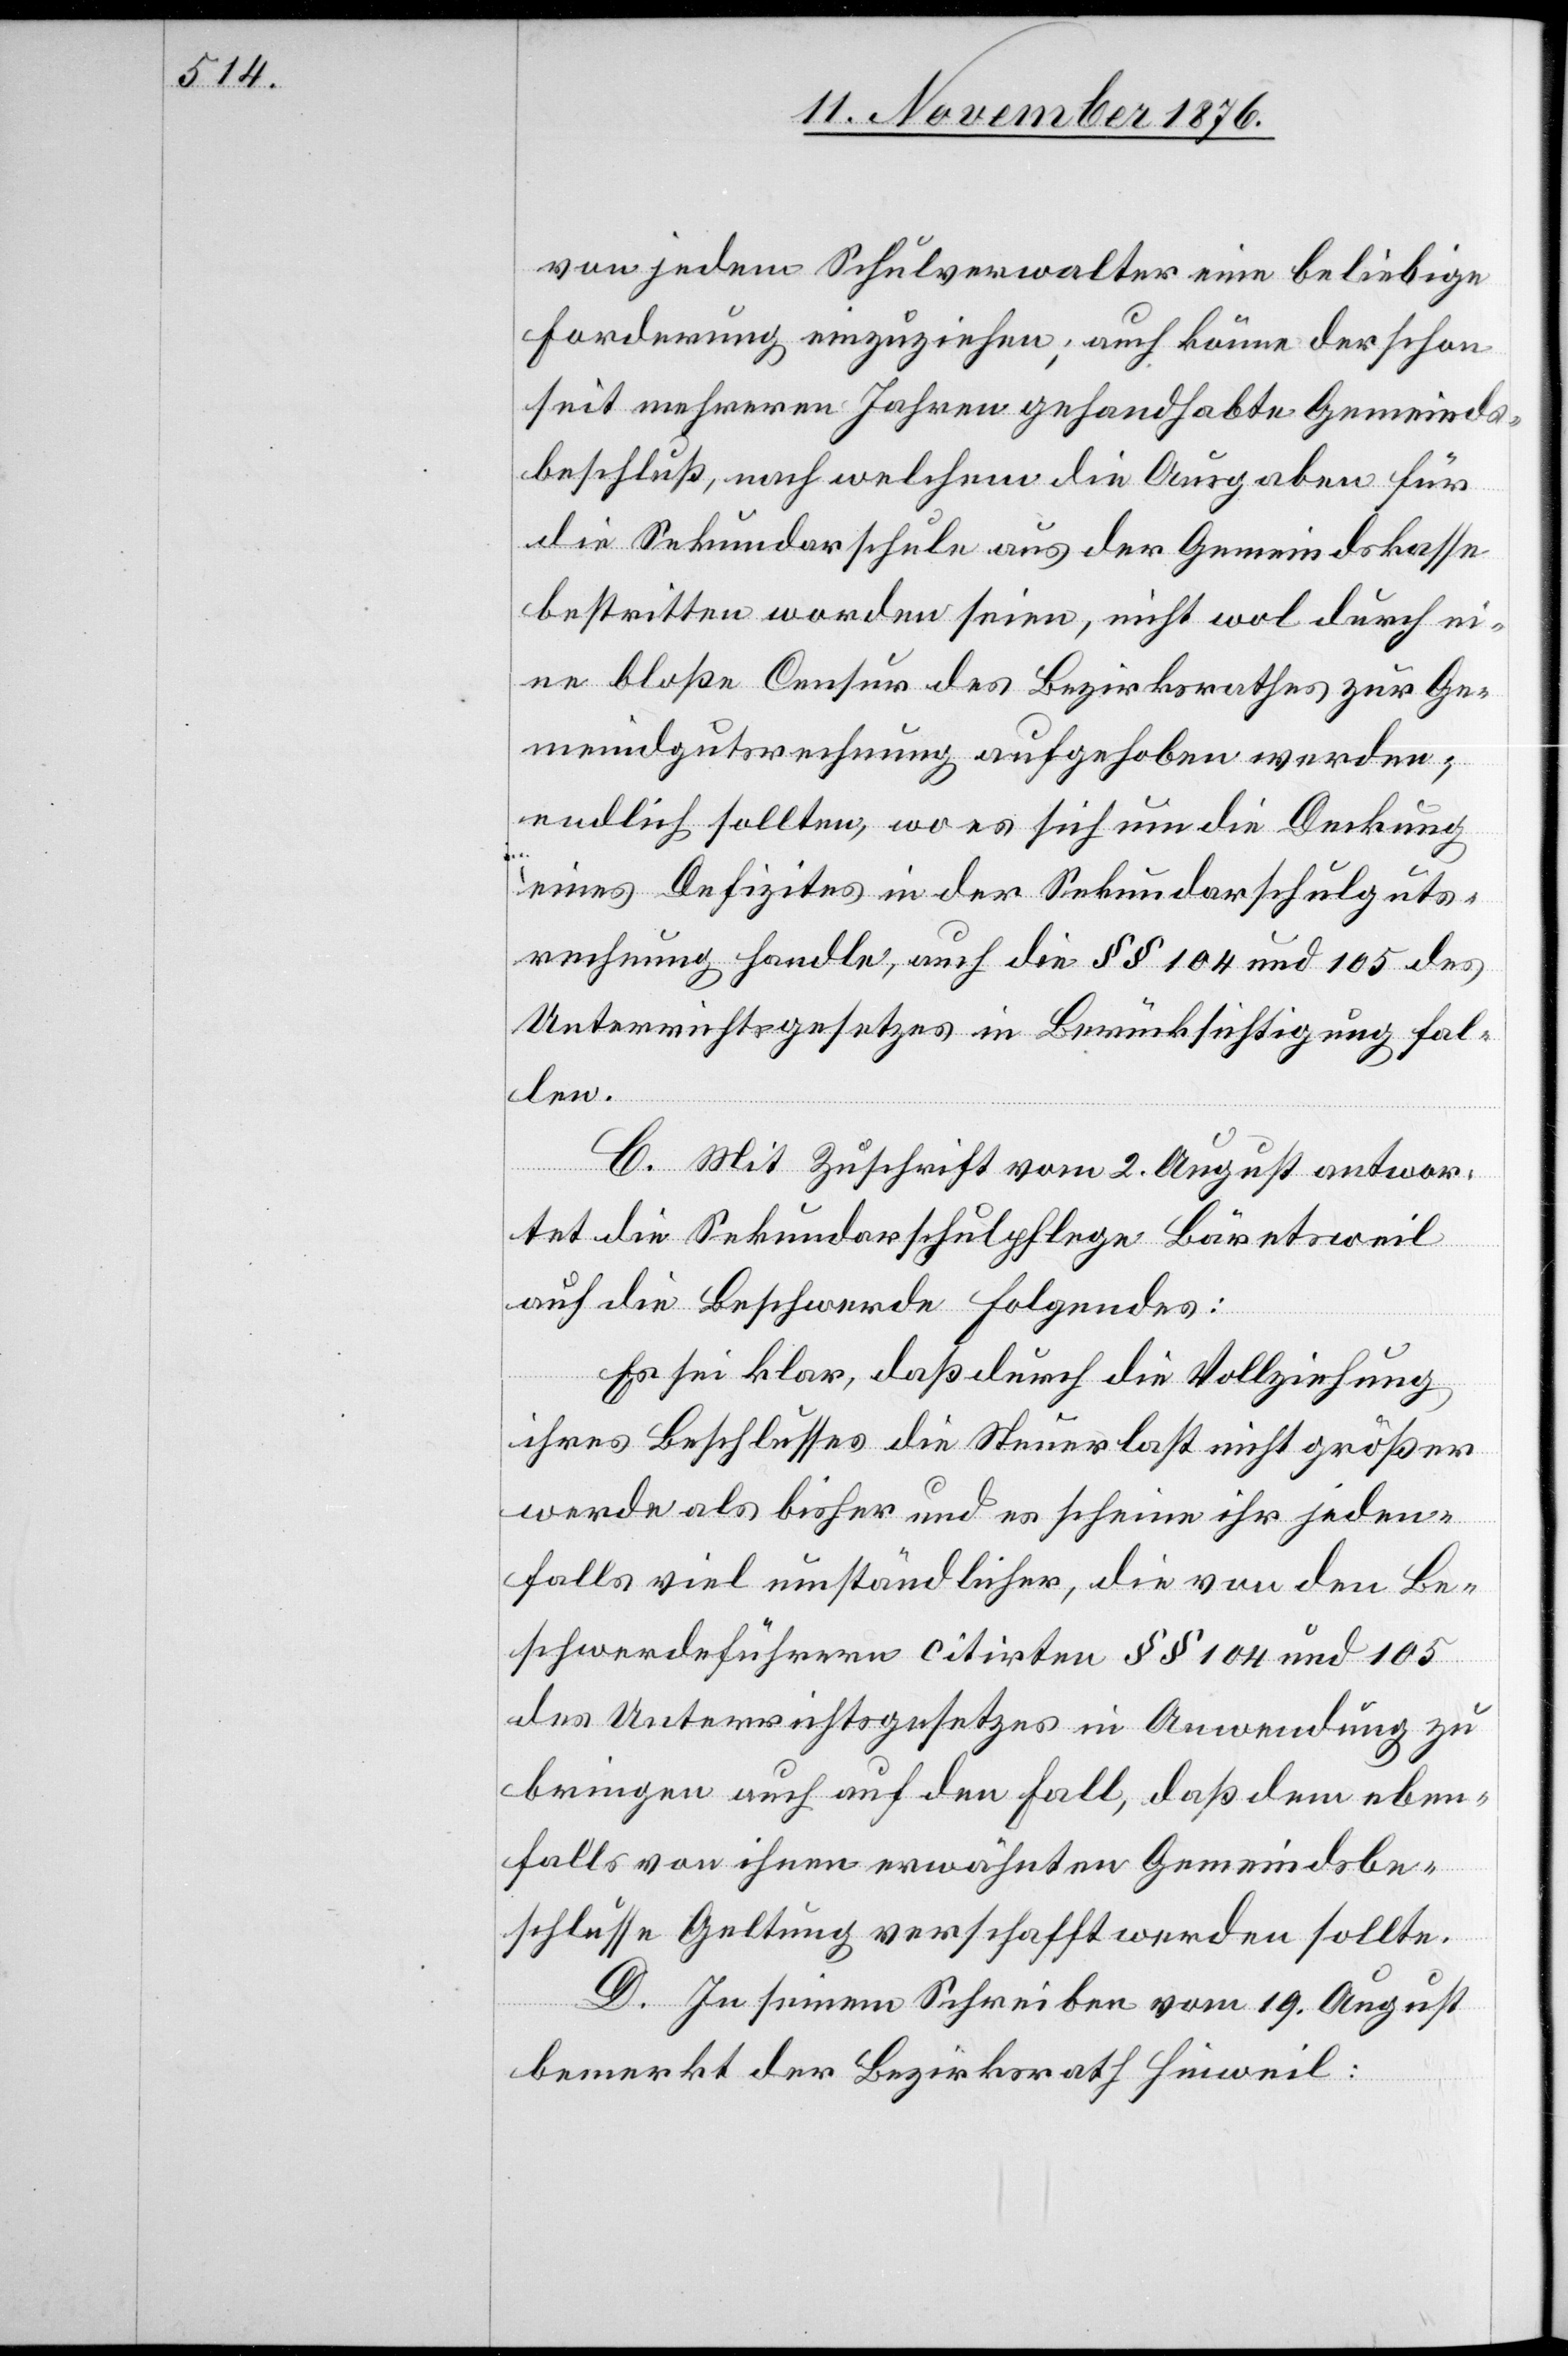
von jedem Schulverwalter eine beliebige
Forderung einzuziehen; auch könne der schon
seit mehreren Jahren gehandhabte Gemeinds¬
beschluß, nach welchem die Ausgaben für
die Sekundarschule aus der Gemeindskasse
bestritten worden seien, nicht wol durch ei¬
ne bloße Censur des Bezirksrathes zur Ge¬
meindgutsrechnung aufgehoben werden;
endlich sollten, wo es sich um die Deckung
eines Defizites in der Sekundarschulguts¬
rechnung handle, auch die §§ 104 und 105 des
Unterrichtsgesetzes in Berücksichtigung fal¬
len.
C. Mit Zuschrift vom 2. August antwor¬
tet die Sekundarschulpflege Bäretsweil
auf die Beschwerde Folgendes:
Es sei klar, daß durch die Vollziehung
ihres Beschlusses die Steuerlast nicht größer
werde als bisher und es scheine ihr jeden¬
falls viel umständlicher, die von der Be¬
schwerdeführern citirten §§ 104 und 105
des Unterrichtsgesetzes in Anwendung zu
bringen auch auf den Fall, daß dem eben¬
falls von ihnen erwähnten Gemeindsbe¬
schlusse Geltung verschafft werden sollte.
D. In seinem Schreiben vom 19. August
bemerkt der Bezirksrath Hinweil: